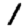
Digit: 1